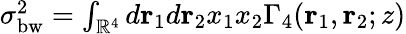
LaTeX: \begin{array}{r}{\sigma_{\mathrm{bw}}^{2}=\int_{\mathbb{R}^{4}}d\mathbf{r}_{1}d\mathbf{r}_{2}x_{1}x_{2}\Gamma_{4}(\mathbf{r}_{1},\mathbf{r}_{2};z)}\end{array}